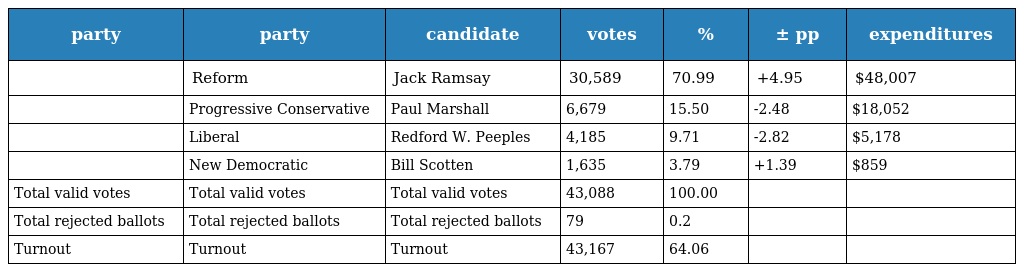
| party | party | candidate | votes | % | ± pp | expenditures |
 | --- | --- | --- | --- | --- | --- | --- |
 |  | Reform | Jack Ramsay | 30,589 | 70.99 | +4.95 | $48,007 |
 |  | Progressive Conservative | Paul Marshall | 6,679 | 15.50 | -2.48 | $18,052 |
 |  | Liberal | Redford W. Peeples | 4,185 | 9.71 | -2.82 | $5,178 |
 |  | New Democratic | Bill Scotten | 1,635 | 3.79 | +1.39 | $859 |
 | Total valid votes | Total valid votes | Total valid votes | 43,088 | 100.00 |  |  |
 | Total rejected ballots | Total rejected ballots | Total rejected ballots | 79 | 0.2 |  |  |
 | Turnout | Turnout | Turnout | 43,167 | 64.06 |  |  |